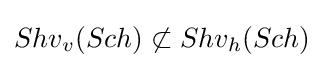
Shv_{v}(Sch)\not \subset Shv_{h}(Sch)